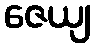
ဇေယျ